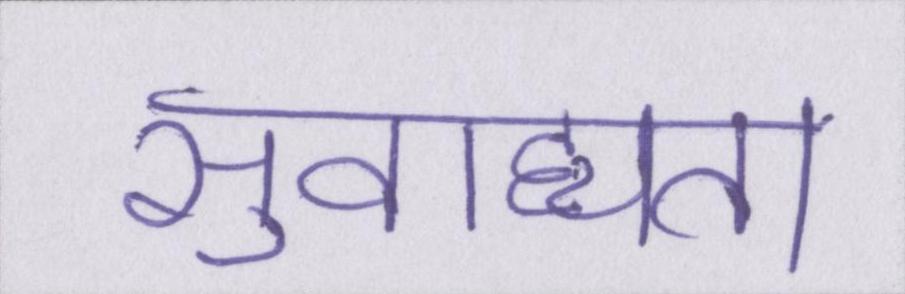
सुवाह्यता